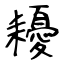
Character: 耰